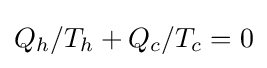
Q_{h}/T_{h}+Q_{c}/T_{c}=0